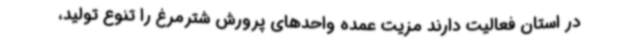
در استان فعالیت دارند مزیت عمده واحدهای پرورش شترمرغ را تنوع تولید،